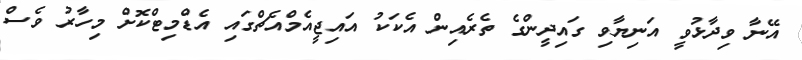
އޭނާ ވިދާޅުވީ އަނިޔާވި ގައިދީންގެ ތެރެއިން އެކަކު އައިޖީއެމްއެޗްގައި އެޑްމިޓްކޮށް މިހާރު ވެސް